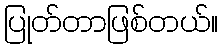
ပြုတ်တာဖြစ်တယ်။